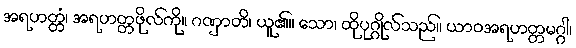
အရဟတ္တံ၊ အရဟတ္တဖိုလ်ကို။ ဂဏှာတိ၊ ယူ၏။ သော၊ ထိုပုဂ္ဂိုလ်သည်။ ယာဝအရဟတ္တမဂ္ဂါ၊